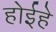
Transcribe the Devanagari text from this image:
होईहे